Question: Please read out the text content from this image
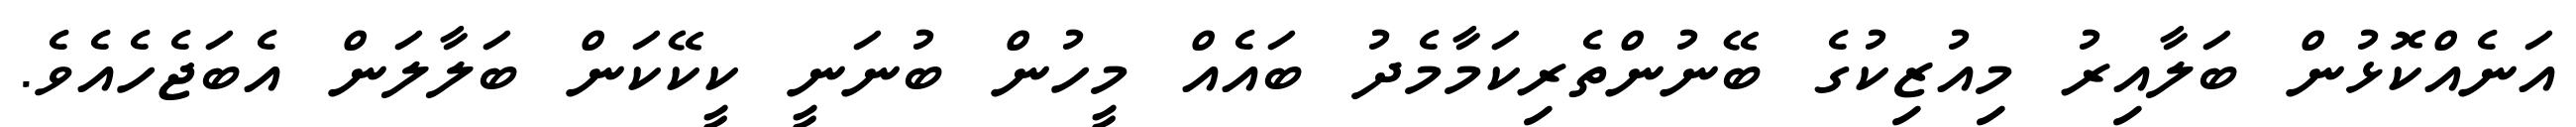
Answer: އަނެއްކޮޅުން ބަލާއިރު މިއުޒިކުގެ ބޭނުންތެރިކަމާމެދު ބައެއް މީހުން ބުނަނީ ކީކޭކަން ބަލާލަން އެބަޖެހެއެވެ.